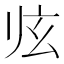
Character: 𱮲